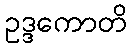
ဥဒ္ဒကောတိ